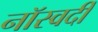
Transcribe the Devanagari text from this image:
नॉस्वर्दी